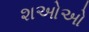
શઓઓ